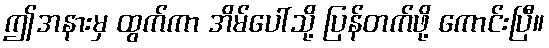
ဤအနားမှ ထွက်ကာ အိမ်ပေါ်သို့ ပြန်တက်ဖို့ ကောင်းပြီ။